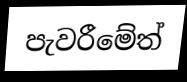
පැවරීමේත්